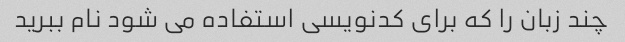
چند زبان را که برای کدنویسی استفاده می شود نام ببرید